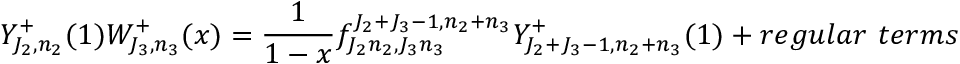
Y _ { J _ { 2 } , n _ { 2 } } ^ { + } ( 1 ) W _ { J _ { 3 } , n _ { 3 } } ^ { + } ( x ) = \frac { 1 } { 1 - x } f _ { J _ { 2 } n _ { 2 } , J _ { 3 } n _ { 3 } } ^ { J _ { 2 } + J _ { 3 } - 1 , n _ { 2 } + n _ { 3 } } Y _ { J _ { 2 } + J _ { 3 } - 1 , n _ { 2 } + n _ { 3 } } ^ { + } ( 1 ) + r e g u l a r ~ t e r m s